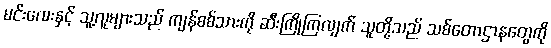
မင်းလေးနှင့် သူ့လူများသည် ကျန်စစ်သားကို ဆီးကြိုကြလျက် သူတို့သည် သစ်တောဌာနတွေကို